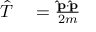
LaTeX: { \begin{array} { r l } { { \hat { T } } } & { { } = { \frac { \mathbf { \hat { p } } \cdot \mathbf { \hat { p } } } { 2 m } } } \end{array} } \,